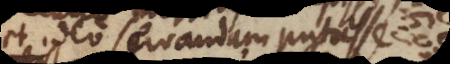
et ideo servandam putavit.